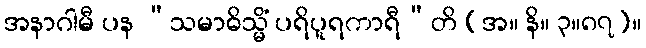
အနာဂါမီ ပန “သမာဓိသ္မိံ ပရိပူရကာရီ”တိ (အ။ နိ။ ၃။၈၇)။